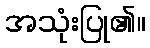
အသုံးပြု၏။